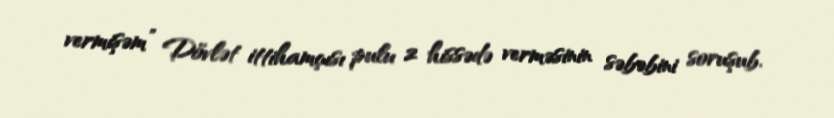
vermişəm” Dövlət ittihamçısı pulu 2 hissədə verməsinin səbəbini soruşub.